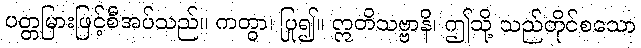
ပတ္တမြားဖြင့်စီအပ်သည်။ ကတွာ၊ ပြု၍။ ဣတိသဗ္ဗာနိ၊ ဤသို့ သည်တိုင်စသော